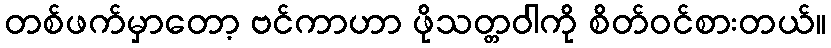
တစ်ဖက်မှာတော့ ဗင်ကာဟာ ဖိုသတ္တဝါကို စိတ်ဝင်စားတယ်။